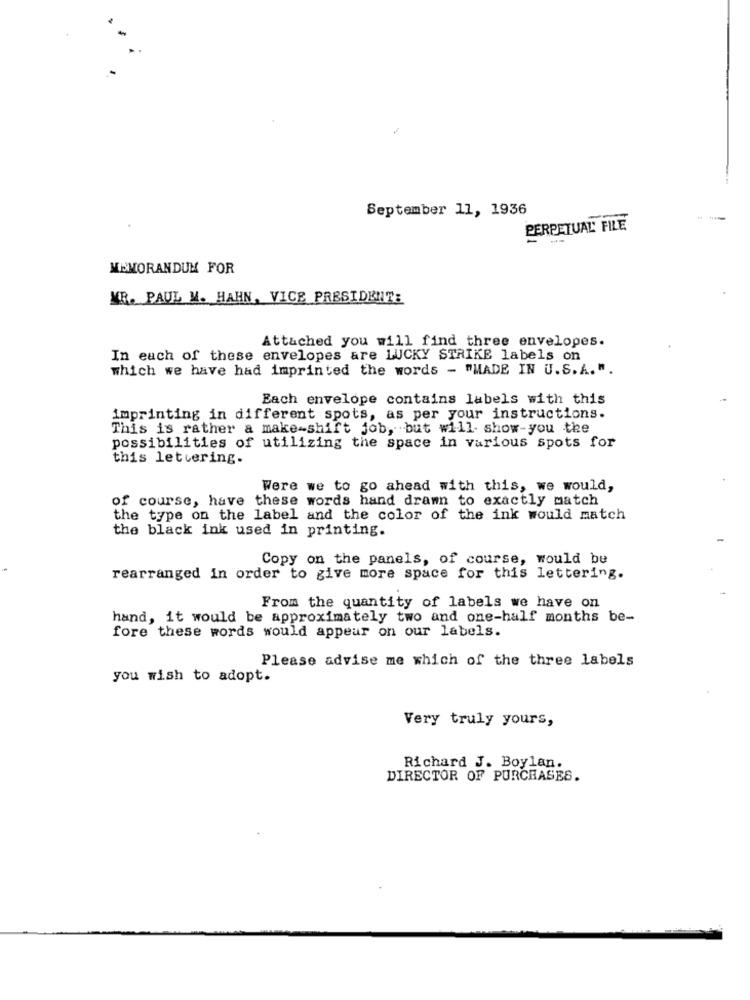
September 11, 1936
--
PERPETUAL' FILE
MEMORANDUM FOR
KR. PAUL M. HAHN, VICE PRESIDENT:
Attached you will find three envelopes.
In each of these envelopes are LUCKY STRIKE labels on
which we have had imprinted the words - "MADE IN U.S. A. ".
Each envelope contains labels with this
imprinting in different spots, as per your instructions.
This is rather a make-shift job, but will show-you the
possibilities of utilizing the space in various spots for
this lettering.
Were we to go ahead with this, we would,
of course, have these words hand drawn to exactly match
the type on the label and the color of the ink would match
the black ink used in printing.
Copy on the panels, of course, would be
rearranged in order to give more space for this lettering.
From the quantity of labels we have on
hand, it would be approximately two and one-half months be-
fore these words would appear on our labels.
Please advise me which of the three labels
you wish to adopt.
Very truly yours,
Richard J. Boylan.
DIRECTOR OF PURCHASES.